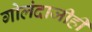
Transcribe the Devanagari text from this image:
गोलंदाजीही